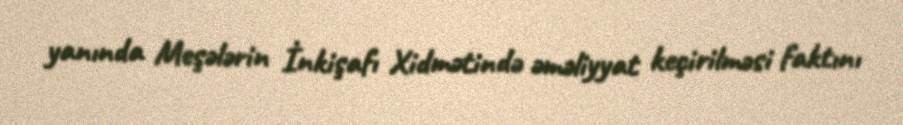
yanında Meşələrin İnkişafı Xidmətində əməliyyat keçirilməsi faktını